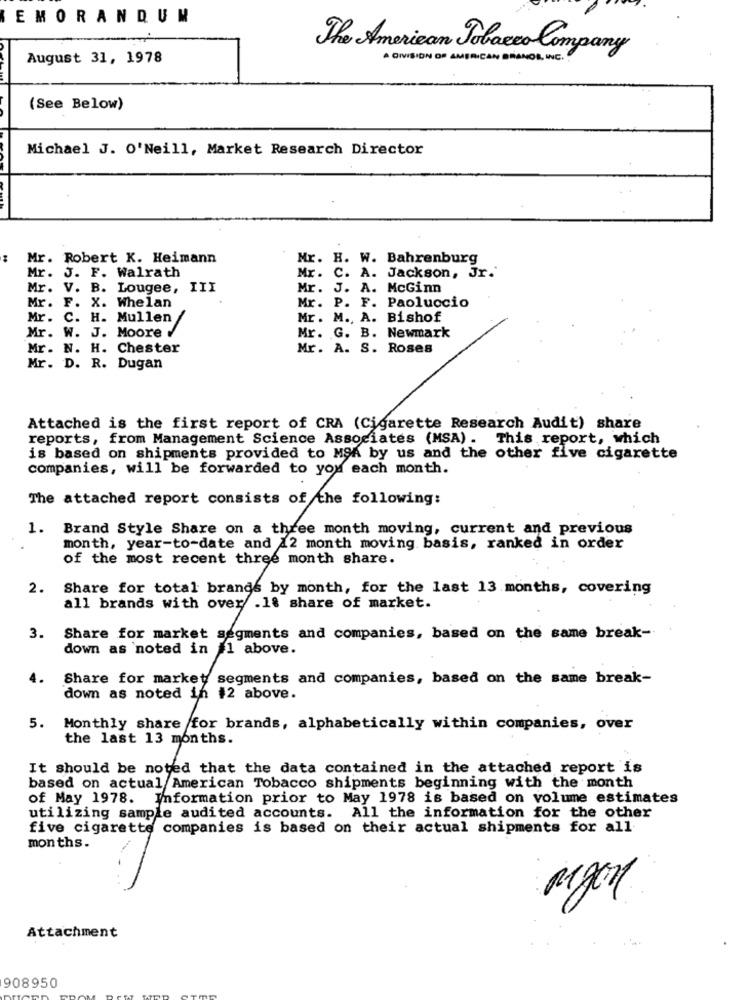
EMORANDUM
The American Tobacco Company
August 31, 1978
A DIVISION OF AMERICAN BRANDS INC .
(See Below)
Michael J. O'Neill, Market Research Director
Mr. Robert K. Heimann
Mr. H. W. Bahrenburg
Mr. J. F. Walrath
Mr. C. A. Jackson, Jr.
Mr. V. B. Lougee, III
Mr. J. A. McGinn
Mr. F. X. Whelan
Mr. P. F. Paoluccio
Mr. C. H. Mullen
Mr. M ., A. Bishof
Mr. W. J. Moore
Mr. G. B. Newmark
Mr. N. H. Chester
Mr. A. S. Roses
Mr. D. R. Dugan
Attached is the first report of CRA (Cigarette Research Audit) share
reports, from Management Science Associates (MSA). This report, which
is based on shipments provided to MSA by us and the other five cigarette
companies, will be forwarded to you each month.
The attached report consists of the following:
1. Brand Style Share on a three month moving, current and previous
month, year-to-date and 12 month moving basis, ranked in order
of the most recent three month share.
2.
Share for total brands by month, for the last 13 months, covering
all brands with over .18 share of market.
3.
Share for market segments and companies, based on the same break-
down as noted in 1 above.
Share for market segments and companies, based on the same break-
down as noted in #2 above.
5. Monthly share for brands, alphabetically within companies, over
the last 13 months.
It should be noted that the data contained in the attached report is
based on actual American Tobacco shipments beginning with the month
of May 1978. Information prior to May 1978 is based on volume estimates
utilizing sample audited accounts. All the information for the other
five cigarette companies is based on their actual shipments for all
months.
Regon
Attachment
908950